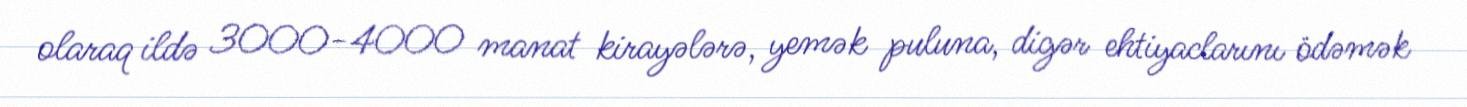
olaraq ildə 3000-4000 manat kirayələrə, yemək puluna, digər ehtiyaclarını ödəmək